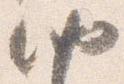
納